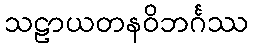
သဠာယတနဝိဘင်္ဂဿ